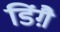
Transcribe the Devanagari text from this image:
डिंग़ै